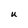
Character: U